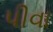
પીવા